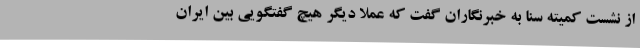
از نشست کمیته سنا به خبرنگاران گفت که عملا دیگر هیچ گفتگویی بین ایران